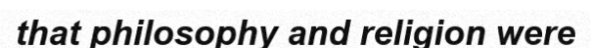
that philosophy and religion were